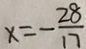
x = - \frac { 2 8 } { 1 7 }